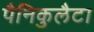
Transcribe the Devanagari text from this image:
पैनिकुलैटा